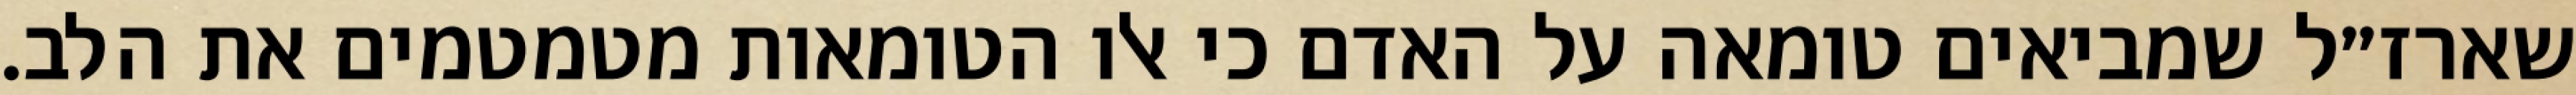
שארז״ל שמביאים טומאה על האדם כי אלו הטומאות מטמטמים את הלב.